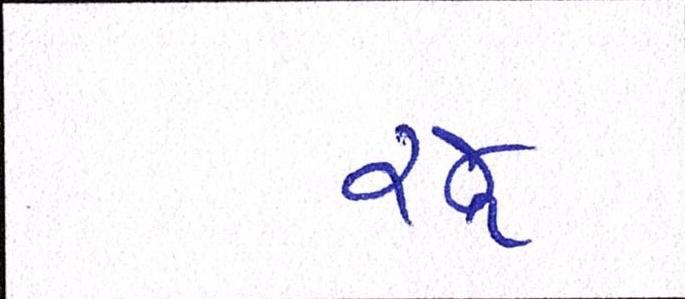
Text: રજૂ